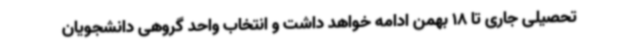
تحصیلی جاری تا 18 بهمن ادامه خواهد داشت و انتخاب واحد گروهی دانشجویان